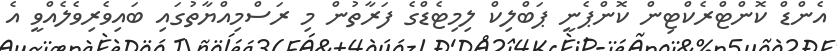
އެންޑް ކޮންޓްރެކްޓިން ކޮންޕެނީ ޕަބްލިކް ލިމިޓެޑްގެ ފަރާތުން މި ރަސްމިއްޔާތުގައި ބައިވެރިވެލެއްވީ އެ